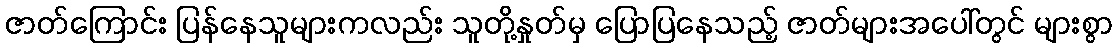
ဇာတ်ကြောင်း ပြန်နေသူများကလည်း သူတို့နှုတ်မှ ပြောပြနေသည့် ဇာတ်များအပေါ်တွင် များစွာ